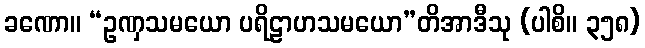
ခဏော။ “ဥဏှသမယော ပရိဠာဟသမယော”တိအာဒီသု (ပါစိ။ ၃၅၈)